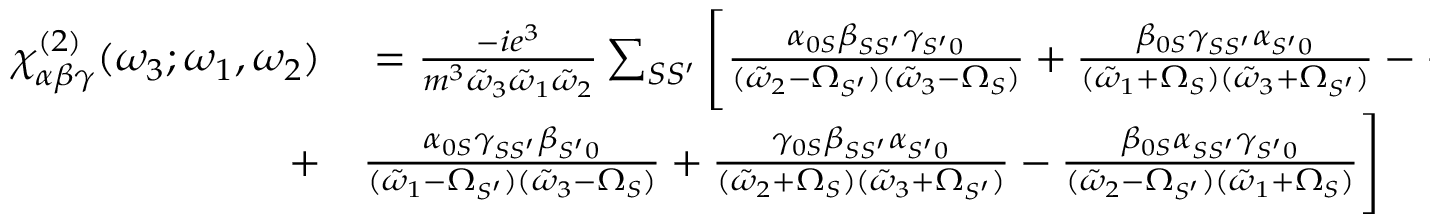
\begin{array} { r l } { \chi _ { \alpha \beta \gamma } ^ { ( 2 ) } ( \omega _ { 3 } ; \omega _ { 1 } , \omega _ { 2 } ) } & { { } = \frac { - i e ^ { 3 } } { m ^ { 3 } \Tilde { \omega } _ { 3 } \Tilde { \omega } _ { 1 } \Tilde { \omega } _ { 2 } } \sum _ { S S ^ { \prime } } \Bigg [ \frac { \alpha _ { 0 S } \beta _ { S S ^ { \prime } } \gamma _ { S ^ { \prime } 0 } } { ( \Tilde { \omega } _ { 2 } - \Omega _ { S ^ { \prime } } ) ( \Tilde { \omega } _ { 3 } - \Omega _ { S } ) } + \frac { \beta _ { 0 S } \gamma _ { S S ^ { \prime } } \alpha _ { S ^ { \prime } 0 } } { ( \Tilde { \omega } _ { 1 } + \Omega _ { S } ) ( \Tilde { \omega } _ { 3 } + \Omega _ { S ^ { \prime } } ) } - \frac { \gamma _ { 0 S } \alpha _ { S S ^ { \prime } } \beta _ { S ^ { \prime } 0 } } { ( \Tilde { \omega } _ { 1 } - \Omega _ { S ^ { \prime } } ) ( \Tilde { \omega } _ { 2 } + \Omega _ { S } ) } } \\ { + } & { { } \frac { \alpha _ { 0 S } \gamma _ { S S ^ { \prime } } \beta _ { S ^ { \prime } 0 } } { ( \Tilde { \omega } _ { 1 } - \Omega _ { S ^ { \prime } } ) ( \Tilde { \omega } _ { 3 } - \Omega _ { S } ) } + \frac { \gamma _ { 0 S } \beta _ { S S ^ { \prime } } \alpha _ { S ^ { \prime } 0 } } { ( \Tilde { \omega } _ { 2 } + \Omega _ { S } ) ( \Tilde { \omega } _ { 3 } + \Omega _ { S ^ { \prime } } ) } - \frac { \beta _ { 0 S } \alpha _ { S S ^ { \prime } } \gamma _ { S ^ { \prime } 0 } } { ( \Tilde { \omega } _ { 2 } - \Omega _ { S ^ { \prime } } ) ( \Tilde { \omega } _ { 1 } + \Omega _ { S } ) } \Bigg ] } \end{array}